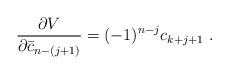
LaTeX: \begin{align*}\frac{\partial V}{\partial \bar{c}_{n-(j+1)}} = (-1)^{n-j} c_{k + j + 1} \ .\end{align*}